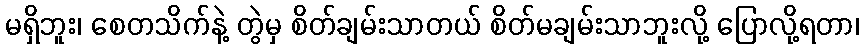
မရှိဘူး၊ စေတသိက်နဲ့ တွဲမှ စိတ်ချမ်းသာတယ် စိတ်မချမ်းသာဘူးလို့ ပြောလို့ရတာ၊